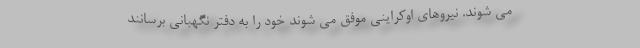
می شوند. نیروهای اوکراینی موفق می شوند خود را به دفتر نگهبانی برسانند